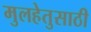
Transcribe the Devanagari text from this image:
मुलहेतुसाठी